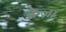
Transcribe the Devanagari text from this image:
क्रेज़ा